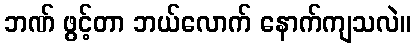
ဘဏ် ဖွင့်တာ ဘယ်လောက် နောက်ကျသလဲ။